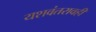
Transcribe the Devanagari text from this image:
यशवंतरावही